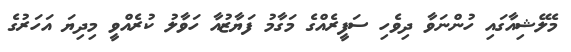
މެލޭޝިއާގައި ހުންނަވާ ދިވެހި ސަފީރެއްގެ މަގާމު ފަޔާޒުއާ ހަވާލު ކުރެއްވީ މިދިޔަ އަހަރުގެ